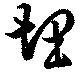
埋